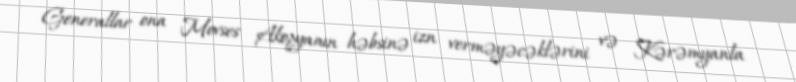
Generallar ona Movses Akopyanın həbsinə izn verməyəcəklərini və Kərəmyanla